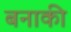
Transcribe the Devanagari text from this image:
बनाकी